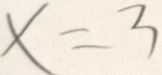
x = 3